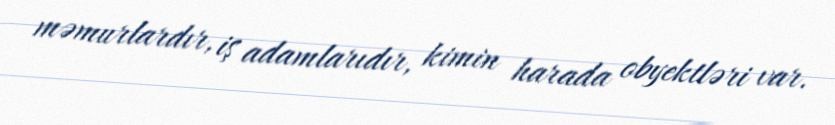
məmurlardır, iş adamlarıdır, kimin harada obyektləri var.